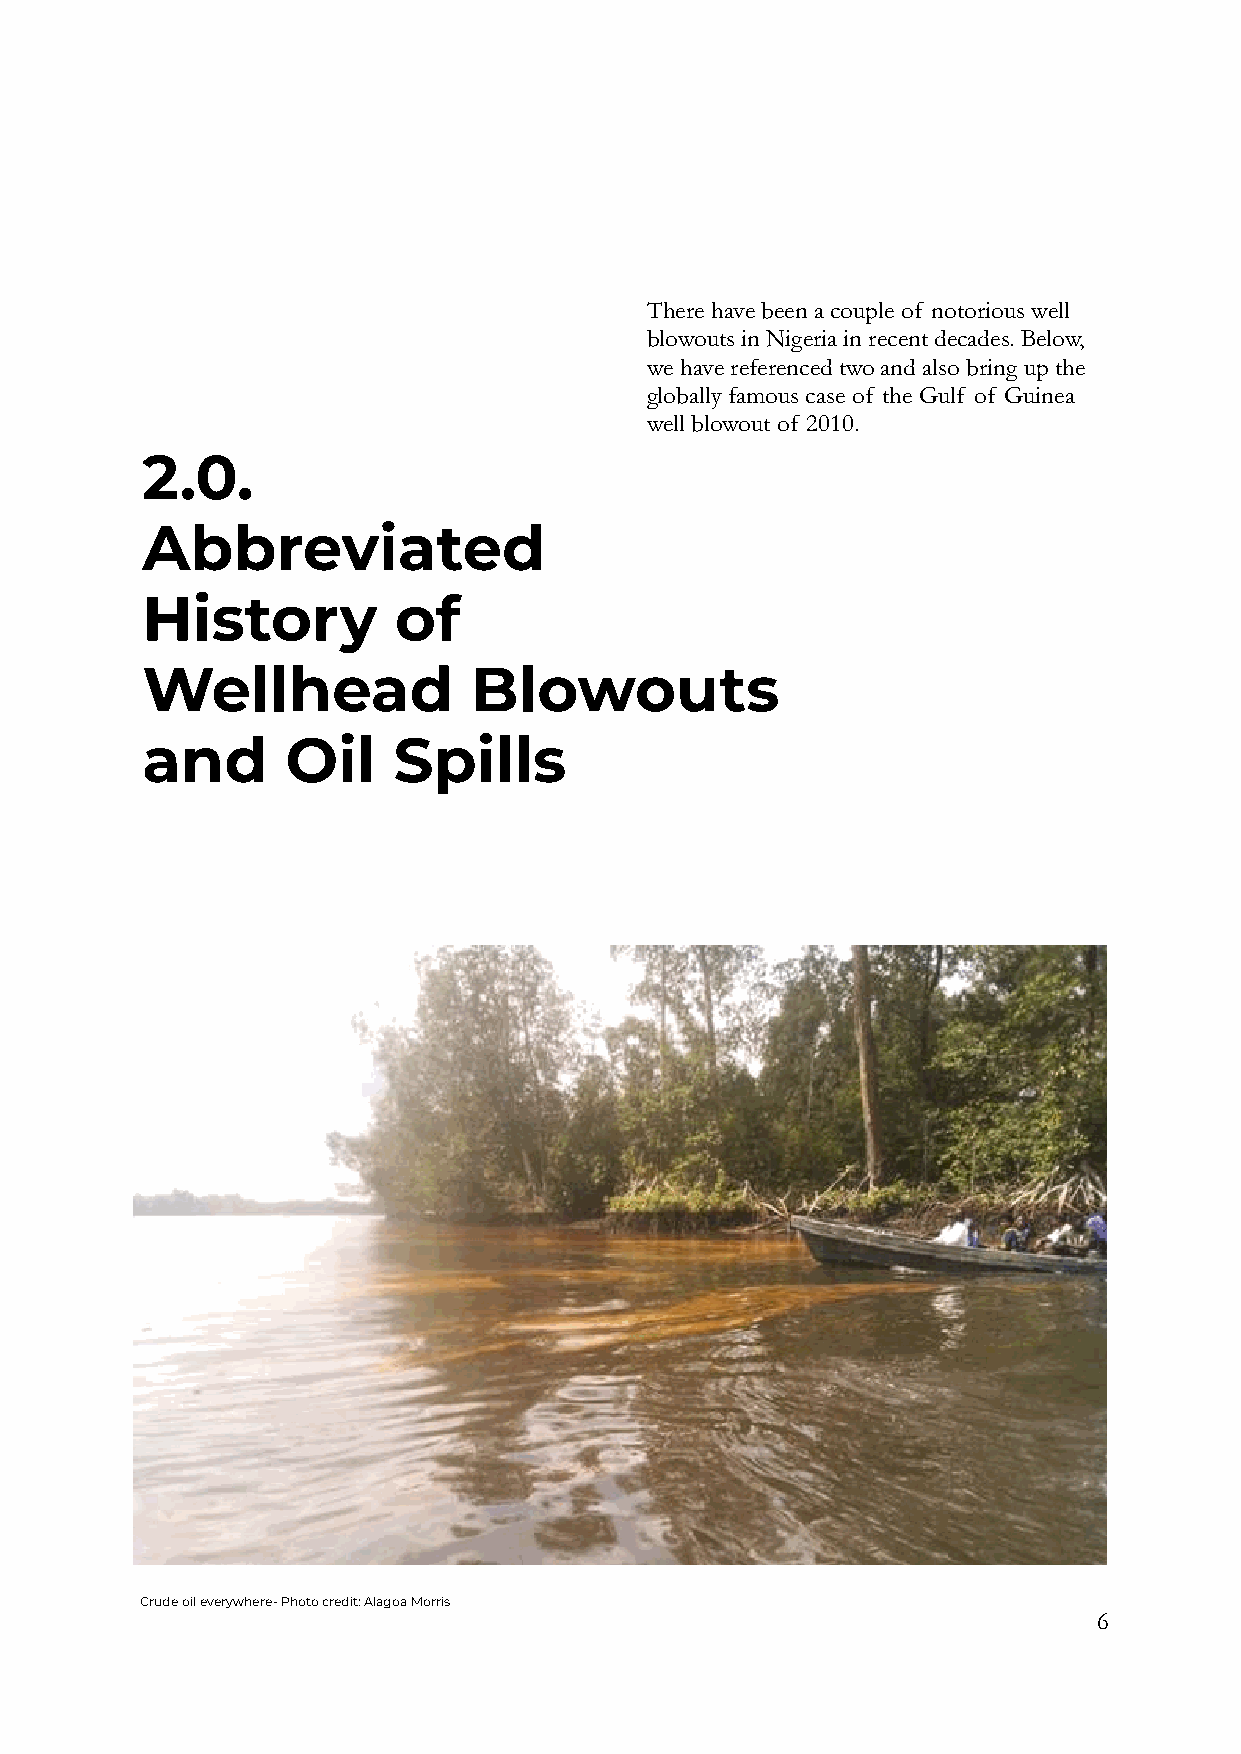
There have been a couple of notorious well
 blowouts in Nigeria in recent decades. Below,
 we have referenced two and also bring up the
 globally famous case of the Gulf of Guinea
 well blowout of 2010.
 2.0.
 Abbreviated
 History          of
 Wellhead              Blowouts
 and       Oil    Spills
 Crude oil everywhere- Photo credit: Alagoa Morris
 6